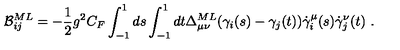
{ \cal B } _ { i j } ^ { M L } = - { \frac { 1 } { 2 } } g ^ { 2 } C _ { F } \int _ { - 1 } ^ { 1 } d s \int _ { - 1 } ^ { 1 } d t \Delta _ { \mu \nu } ^ { M L } ( \gamma _ { i } ( s ) - \gamma _ { j } ( t ) ) \dot { \gamma } _ { i } ^ { \mu } ( s ) \dot { \gamma } _ { j } ^ { \nu } ( t ) \ .